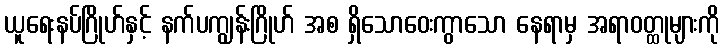
ယူရေးနပ်ဂြိုဟ်နှင့် နက်ပကျွန်းဂြိုဟ် အစ ရှိသောဝေးကွာသော နေရာမှ အရာဝတ္ထုများကို